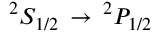
^ { 2 } S _ { 1 / 2 } \, \rightarrow \, ^ { 2 } P _ { 1 / 2 }